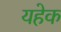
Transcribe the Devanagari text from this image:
यहेक